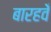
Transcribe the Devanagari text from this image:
बारहवेँ